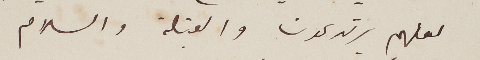
لعلهم يرتدعون والقبلة والسلام